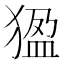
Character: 𤟣